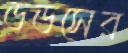
ডডসের